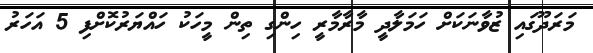
މަރަދޫގައި ޒުވާނަކަށް ހަމަލާދީ މާރާމާރީ ހިންގި ތިން މީހަކު ހައްޔަރުކޮށްފި 5 އަހަރު